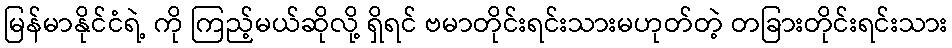
မြန်မာနိုင်ငံရဲ့ ကို ကြည့်မယ်ဆိုလို့ ရှိရင် ဗမာတိုင်းရင်းသားမဟုတ်တဲ့ တခြားတိုင်းရင်းသား